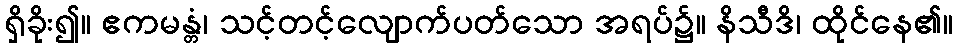
ရှိခိုး၍။ ဧကမန္တံ၊ သင့်တင့်လျောက်ပတ်သော အရပ်၌။ နိသီဒိ၊ ထိုင်နေ၏။